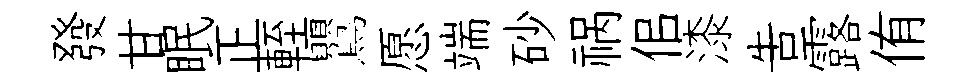
發甘眠正輊鸎愿端砂祸佀漆告露侑